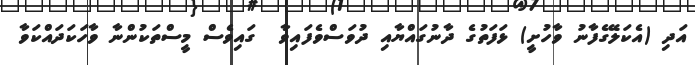
އަދި (އެކަލޭގެފާނު ވާހުށީ) ޅަފަތުގެ ދާނުގައްޔާއި ދުވަސްވެފައިވާ  ގައިވެސް މީސްތަކުންނާ ވާހަކަދައްކަވާ